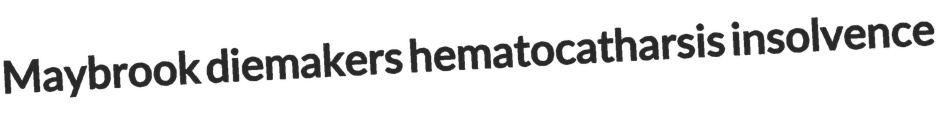
Maybrook diemakers hematocatharsis insolvence